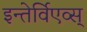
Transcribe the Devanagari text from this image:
इन्तेर्विएव्स्